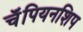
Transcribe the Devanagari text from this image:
चॅंपियनशिप